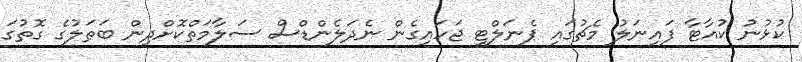
ކުޅުނު ކުއާޓާ ފައިނަލު މެޗުގައި ޕެނަލްޓީ ޖަހައިގެން ނެދަލެންޑްސް ސަލާމަތްކޮށްދިން ބަޠަލުގެ ގޮތުގަ